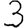
Digit: 3